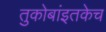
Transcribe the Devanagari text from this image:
तुकोबांइतकेच